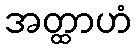
အတ္ထာဟံ